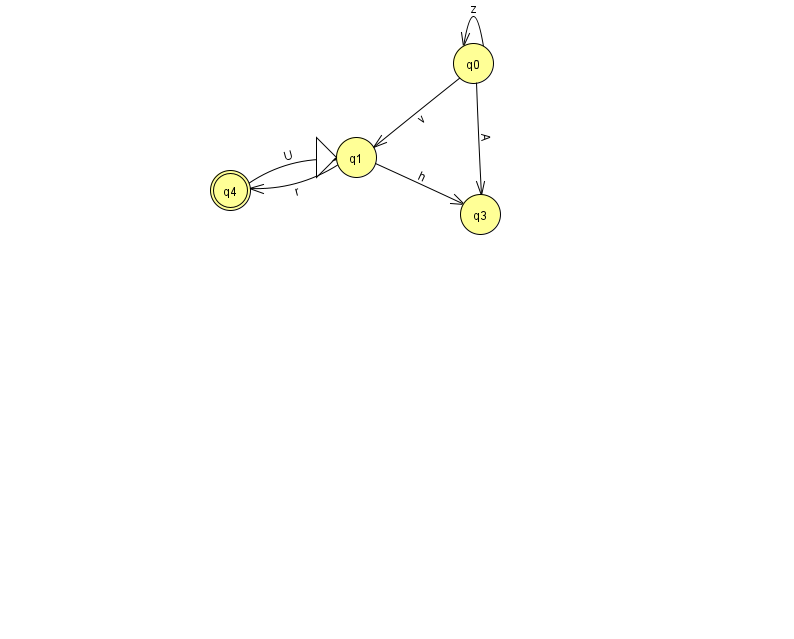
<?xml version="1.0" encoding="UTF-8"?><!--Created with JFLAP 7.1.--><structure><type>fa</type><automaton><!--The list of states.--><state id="0" name="q0"><x>473.0</x><y>50.0</y></state><state id="1" name="q1"><x>356.0</x><y>144.0</y><initial/></state><state id="3" name="q3"><x>480.0</x><y>201.0</y></state><state id="4" name="q4"><x>230.0</x><y>177.0</y><final/></state><!--The list of transitions.--><transition><from>4</from><to>1</to><read>U</read></transition><transition><from>0</from><to>1</to><read>v</read></transition><transition><from>1</from><to>4</to><read>r</read></transition><transition><from>0</from><to>3</to><read>A</read></transition><transition><from>0</from><to>0</to><read>z</read></transition><transition><from>1</from><to>3</to><read>h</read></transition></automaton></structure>